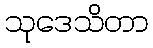
သုဒေသိတာ